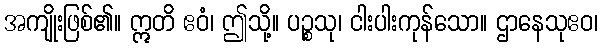
အကျိုးဖြစ်၏။ ဣတိ ဧဝံ၊ ဤသို့။ ပဉ္စသု၊ ငါးပါးကုန်သော။ ဌာနေသုဧဝ၊